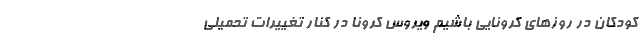
کودکان در روزهای کرونایی باشیم ویروس کرونا در کنار تغییرات تحمیلی